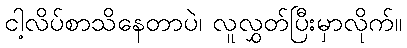
ငါ့လိပ်စာသိနေတာပဲ၊ လူလွှတ်ပြီးမှာလိုက်။